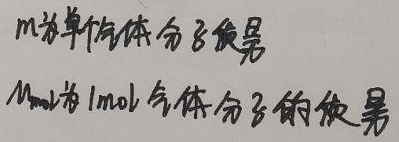
$m$为单个气体分子质量，$M_{\mathrm{mol}}$为$1\mathrm{mol}$气体分子的质量